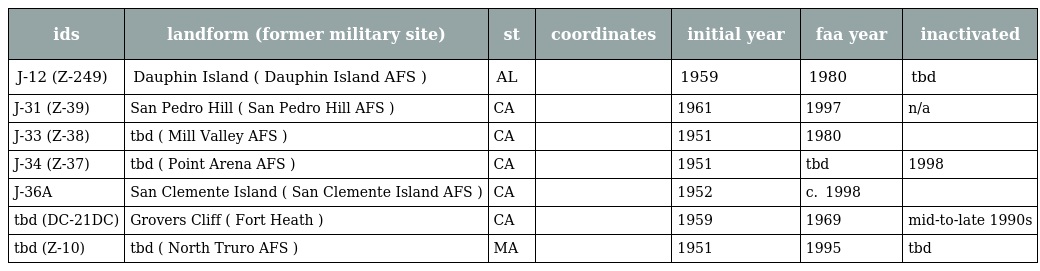
| ids | landform (former military site) | st | coordinates | initial year | faa year | inactivated |
 | --- | --- | --- | --- | --- | --- | --- |
 | J-12 (Z-249) | Dauphin Island ( Dauphin Island AFS ) | AL |  | 1959 | 1980 | tbd |
 | J-31 (Z-39) | San Pedro Hill ( San Pedro Hill AFS ) | CA |  | 1961 | 1997 | n/a |
 | J-33 (Z-38) | tbd ( Mill Valley AFS ) | CA |  | 1951 | 1980 |  |
 | J-34 (Z-37) | tbd ( Point Arena AFS ) | CA |  | 1951 | tbd | 1998 |
 | J-36A | San Clemente Island ( San Clemente Island AFS ) | CA |  | 1952 | c.  1998 |  |
 | tbd (DC-21DC) | Grovers Cliff ( Fort Heath ) | CA |  | 1959 | 1969 | mid-to-late 1990s |
 | tbd (Z-10) | tbd ( North Truro AFS ) | MA |  | 1951 | 1995 | tbd |